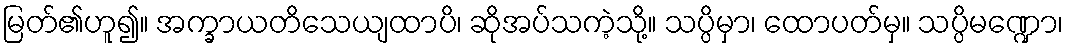
မြတ်၏ဟူ၍။ အက္ခာယတိသေယျထာပိ၊ ဆိုအပ်သကဲ့သို့။ သပ္ပိမှာ၊ ထောပတ်မှ။ သပ္ပိမဏ္ဍော၊